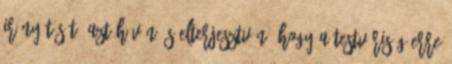
irányítását, azt hí­vén és elterjesztvén, hogy a Test­vériség erre